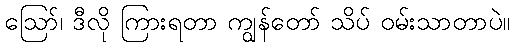
ဪ၊ ဒီလို ကြားရတာ ကျွန်တော် သိပ် ဝမ်းသာတာပဲ။